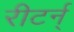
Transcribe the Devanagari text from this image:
रीटर्न्